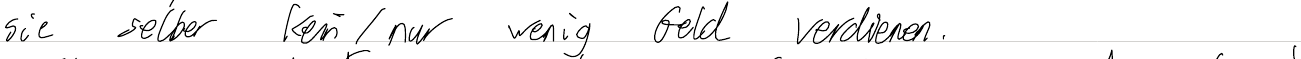
sie selber kein / nur wenig Geld verdienen.